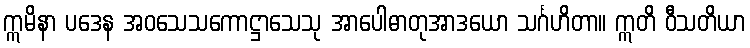
ဣမိနာ ပဒေန အဝသေသကောဋ္ဌာသေသု အာပေါဓာတုအာဒယော သင်္ဂဟိတာ။ ဣတိ ဝီသတိယာ